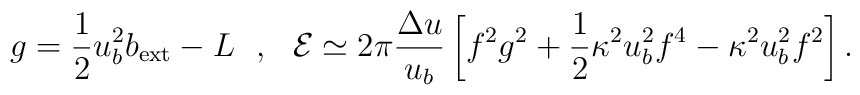
g=\frac{1}{2}u^2_bb_{\rm ext}-L\ \ ,\ \ {\cal E}\simeq 2\pi\frac{\Delta u}{u_b}\left[f^2g^2+\frac{1}{2}\kappa^2u^2_bf^4-\kappa^2u^2_bf^2\right].